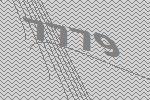
7779